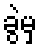
ခွဲမှ